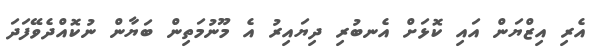
އެރި އިޒްޔަން އައި ކޮޅަށް އެނބުރި ދިޔައިރު އެ މޫނުމަތިން ބަޔާން ނުކޮއްދެވޭފަދަ